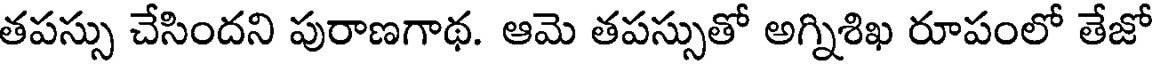
తపస్సు చేసిందని పురాణగాథ. ఆమె తపస్సుతో అగ్నిశిఖ రూపంలో తేజో